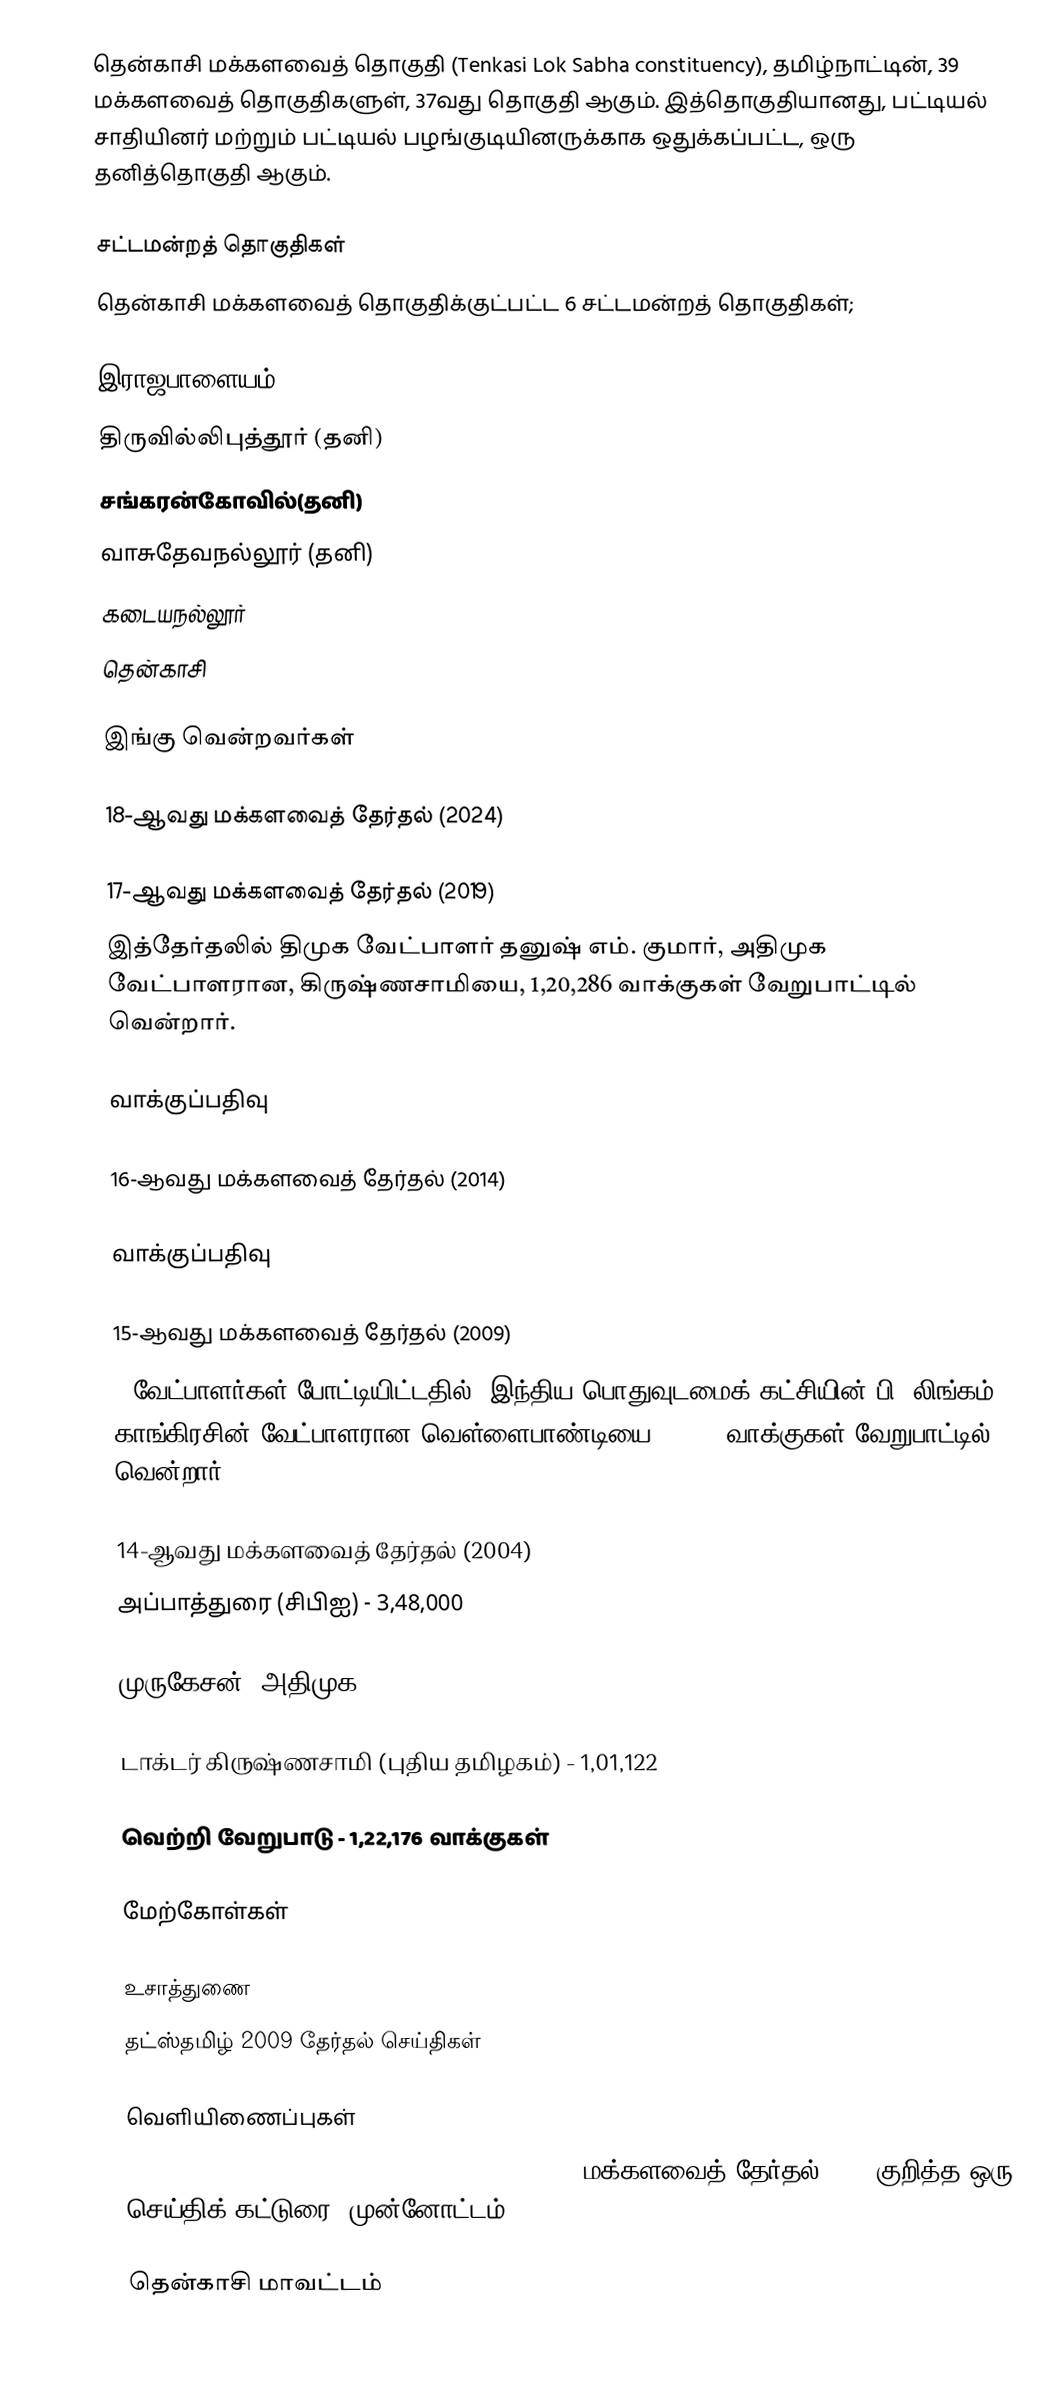
தென்காசி மக்களவைத் தொகுதி (Tenkasi Lok Sabha constituency), தமிழ்நாட்டின், 39 மக்களவைத் தொகுதிகளுள், 37வது தொகுதி ஆகும். இத்தொகுதியானது, பட்டியல் சாதியினர் மற்றும் பட்டியல் பழங்குடியினருக்காக ஒதுக்கப்பட்ட, ஒரு தனித்தொகுதி ஆகும்.

சட்டமன்றத் தொகுதிகள்
தென்காசி மக்களவைத் தொகுதிக்குட்பட்ட 6  சட்டமன்றத் தொகுதிகள்;

 இராஜபாளையம்
 திருவில்லிபுத்தூர் (தனி)
 சங்கரன்கோவில்(தனி)
 வாசுதேவநல்லூர் (தனி)
 கடையநல்லூர்
 தென்காசி

இங்கு வென்றவர்கள்

18-ஆவது மக்களவைத் தேர்தல் (2024)

17-ஆவது மக்களவைத் தேர்தல் (2019)
இத்தேர்தலில் திமுக வேட்பாளர் தனுஷ் எம். குமார், அதிமுக வேட்பாளரான, கிருஷ்ணசாமியை, 1,20,286 வாக்குகள் வேறுபாட்டில் வென்றார்.

வாக்குப்பதிவு

16-ஆவது மக்களவைத் தேர்தல் (2014)

வாக்குப்பதிவு

15-ஆவது மக்களவைத் தேர்தல் (2009)
9 வேட்பாளர்கள் போட்டியிட்டதில், இந்திய பொதுவுடமைக் கட்சியின் பி. லிங்கம், காங்கிரசின் வேட்பாளரான வெள்ளைபாண்டியை 34,677 வாக்குகள் வேறுபாட்டில் வென்றார்.

14-ஆவது மக்களவைத் தேர்தல் (2004)
அப்பாத்துரை (சிபிஐ) - 3,48,000

முருகேசன் (அதிமுக) - 2,25,824

டாக்டர் கிருஷ்ணசாமி (புதிய தமிழகம்) - 1,01,122

வெற்றி வேறுபாடு - 1,22,176 வாக்குகள்

மேற்கோள்கள்

உசாத்துணை
 தட்ஸ்தமிழ் 2009 தேர்தல் செய்திகள்

வெளியிணைப்புகள்
 Interesting Dalit dynamics at play in Tenkasi - மக்களவைத் தேர்தல் 2014 குறித்த ஒரு செய்திக் கட்டுரை (முன்னோட்டம்)

தென்காசி மாவட்டம்